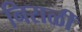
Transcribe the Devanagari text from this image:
निराळीं